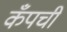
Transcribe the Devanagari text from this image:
कँपची